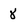
Character: 8